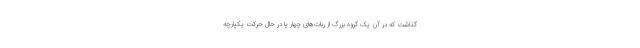
گذاشت که در آن یک گروه بزرگ از ربات‌های چهار پا در حال حرکت یکپارچه